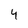
Character: 4